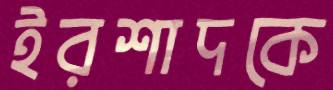
ইরশাদকে